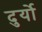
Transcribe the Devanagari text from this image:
दुर्यो